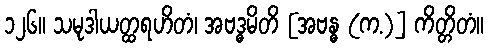
၁၂၆။ သမုဒါယတ္ထရဟိတံ၊ အဗဒ္ဓမိတိ [အဗန္ဓ (က.)] ကိတ္တိတံ။